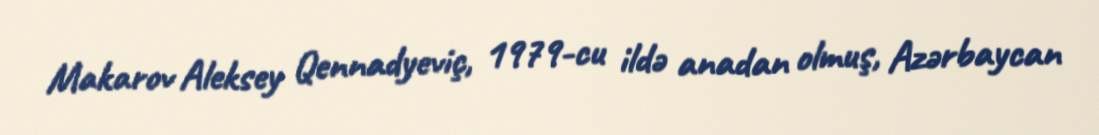
Makarov Aleksey Qennadyeviç, 1979-cu ildə anadan olmuş, Azərbaycan